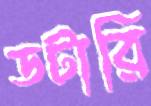
ডটারি